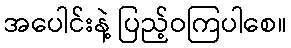
အပေါင်းနဲ့ ပြည့်ဝကြပါစေ။